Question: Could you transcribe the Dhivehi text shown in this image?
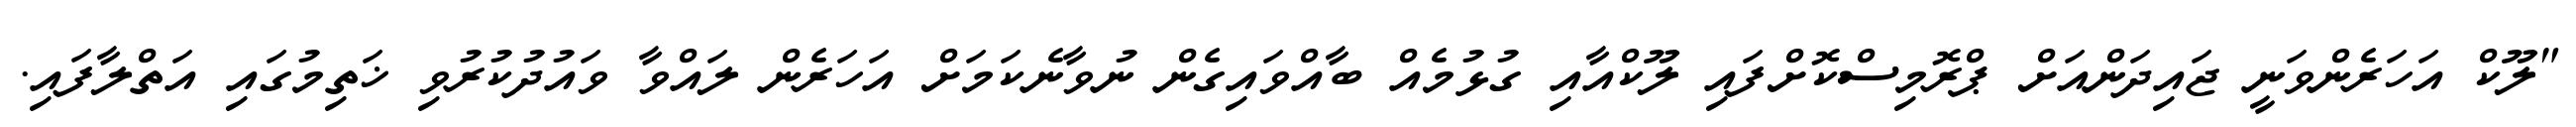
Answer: "ލޫކް އަހަރެންވަނީ ޖައިދަންއަށް ޕްރޮމިސްކޮށްފައި ލޫކްއާއި ގުޅުމެއް ބާއްވައިގެން ނުވާނެކަމަށް އަހަރެން ލައްވާ ވައުދުކުރުވި ޚަތިމުގައި އަތްލާފައި.